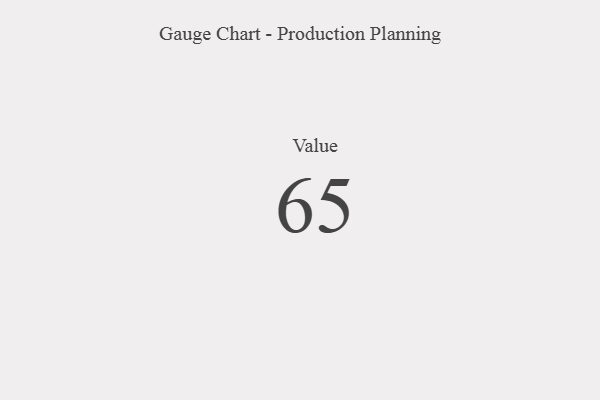
{"axis": {"x": "Metric", "y": "Value"}, "legend": [""], "data": [{"x": "Value", "y": 65, "type": ""}]}